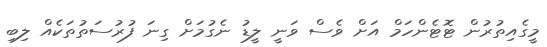
މީގެއިތުރުން ޓޮޓެންހަމް އަށް ވެސް ވަނީ ލީޑު ނެގުމަށް ގިނަ ފުރުސަތުތަކެއް ލިބި